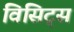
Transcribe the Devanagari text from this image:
विसिट्स